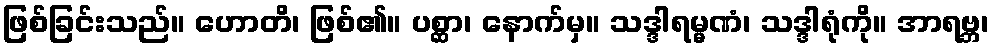
ဖြစ်ခြင်းသည်။ ဟောတိ၊ ဖြစ်၏။ ပစ္ဆာ၊ နောက်မှ။ သဒ္ဒါရမ္မဏံ၊ သဒ္ဒါရုံကို။ အာရဗ္ဘ၊